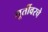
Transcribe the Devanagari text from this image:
मूर्तीवरचे